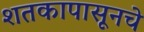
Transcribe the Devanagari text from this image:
शतकापासूनचे